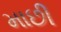
માછી